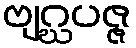
ဗျဂ္ဃပဇ္ဇ